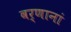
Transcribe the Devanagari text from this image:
वर्णानां